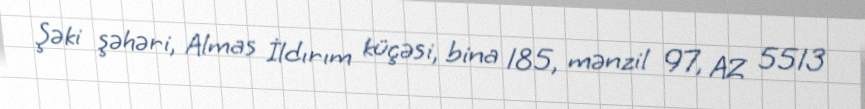
Şəki şəhəri, Almas İldırım küçəsi, bina 185, mənzil 97, AZ 5513